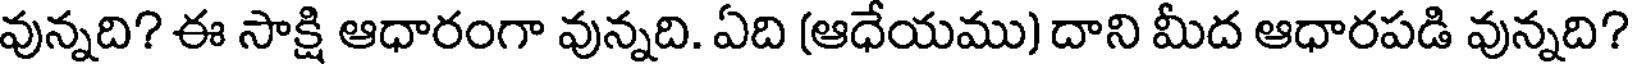
వున్నది? ఈ సాక్షి ఆధారంగా వున్నది. ఏది (ఆధేయము) దాని మీద ఆధారపడి వున్నది?